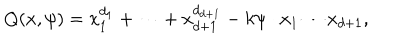
Q ( x , \psi ) = x _ { 1 } ^ { d _ { 1 } } + \cdots + x _ { d + 1 } ^ { d _ { d + 1 } } - k \psi \cdot x _ { 1 } \cdots x _ { d + 1 } ,